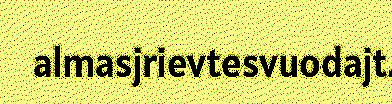
almasjrievtesvuodajt.